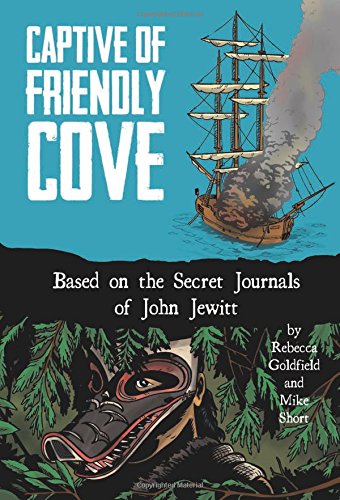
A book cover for Captive of Friendly Cove: Based on the Secret Journals of John Jewitt; Rebecca Goldfield; Biographies & Memoirs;